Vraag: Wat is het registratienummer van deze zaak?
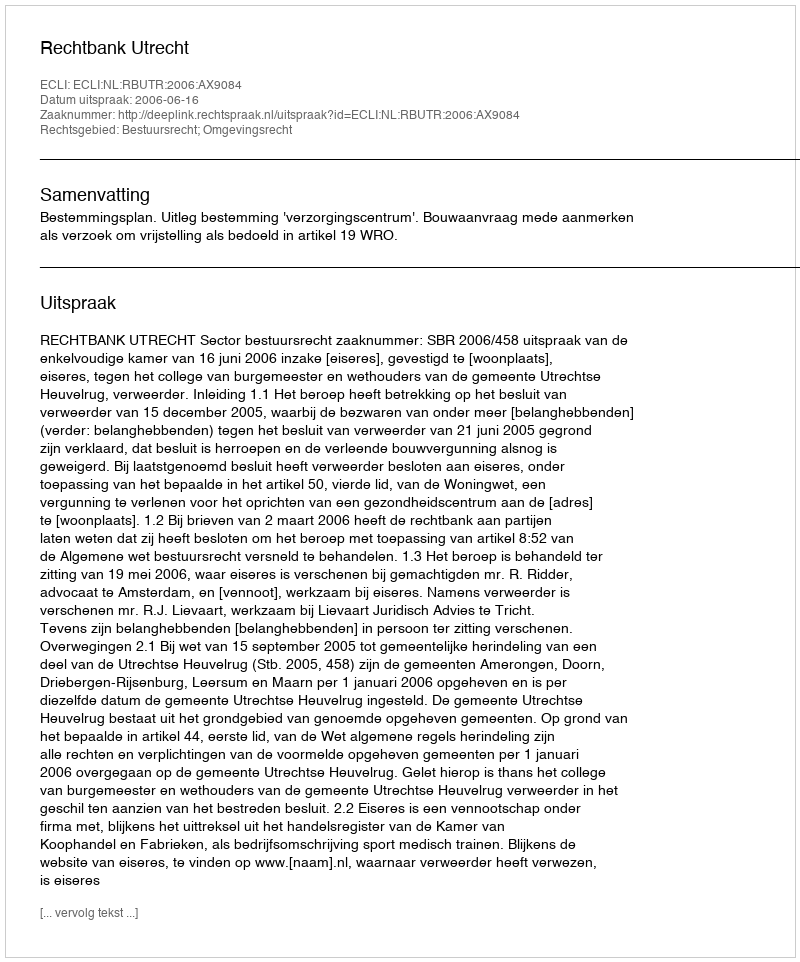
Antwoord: http://deeplink.rechtspraak.nl/uitspraak?id=ECLI:NL:RBUTR:2006:AX9084